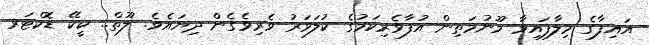
އައިފާގެ މިލާފައިވާ މޫނުމަތިން އުފާވެރިކަމުގެ ކުލަވަރު ވެރިވެގެން ދިޔައެވެ. ލޫތް.. ކީކޭ ޑޮކްޓަރ